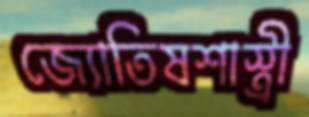
জ্যোতিষশাস্ত্রী